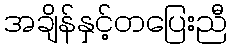
အချိန်နှင့်တပြေးညီ